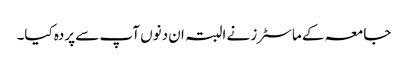
جامعہ کے ماسٹرز نے البتہ ان دنوں آپ سے پردہ کیا۔